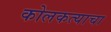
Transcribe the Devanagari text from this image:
कोलकत्याचा